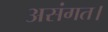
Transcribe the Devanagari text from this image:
असंगत।